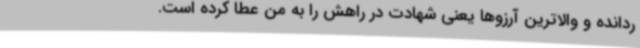
ردانده و والاترین آرزوها یعنی شهادت در راهش را به من عطا کرده است.